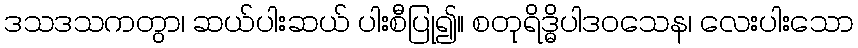
ဒသဒသကတွာ၊ ဆယ်ပါးဆယ် ပါးစီပြု၍။ စတုရိဒ္ဓိပါဒဝသေန၊ လေးပါးသော